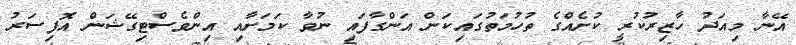
އޭނާ މިއަދު ހާޒިރުކުރީ ކުށެއްގެ ތުހުމަތުގައިކަން އަންގާފައި ނުވާ ކަމަށާއި އިންވެސްޓިގޭޝަން އޮފިސަރު